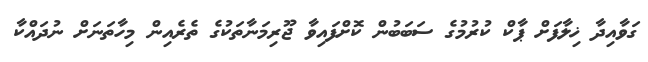
ގަވާއިދާ ޚިލާފަށް ޕާކް ކުރުމުގެ ސަބަބުން ކޮށްފައިވާ ޖޫރިމަނާތަކުގެ ތެރެއިން މިހާތަނަށް ނުދައްކާ